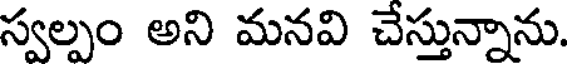
స్వల్పం అని మనవి చేస్తున్నాను.